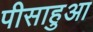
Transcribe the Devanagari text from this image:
पीसाहुआ